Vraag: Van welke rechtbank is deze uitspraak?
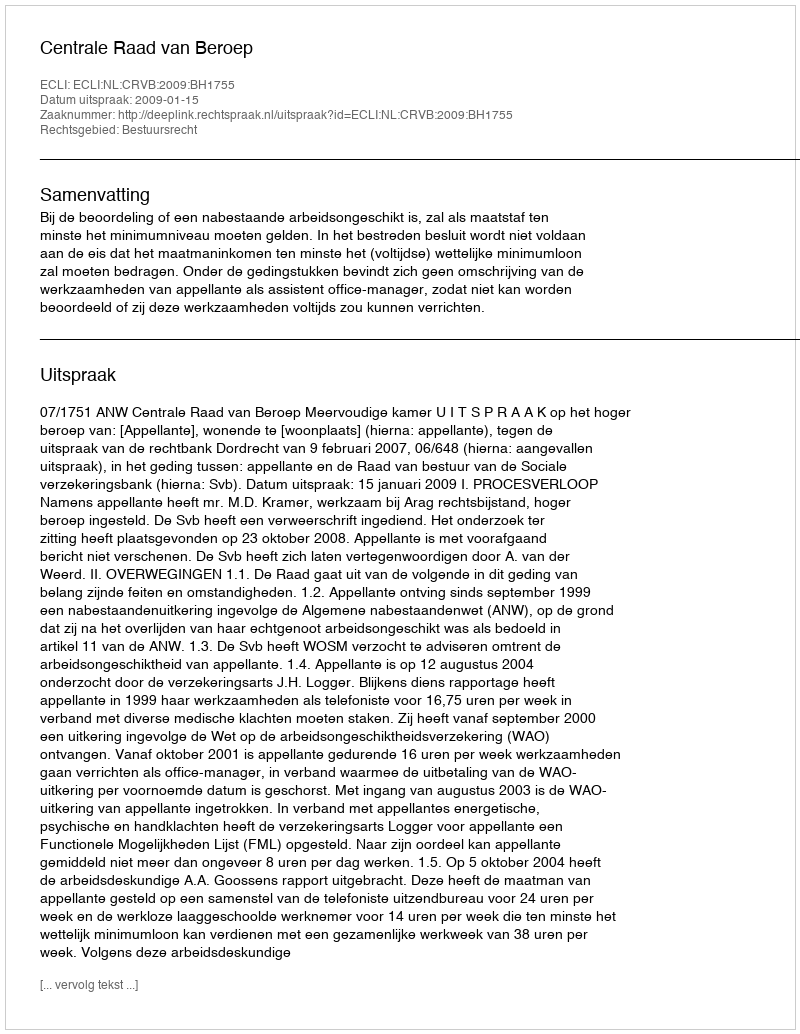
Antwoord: Centrale Raad van Beroep